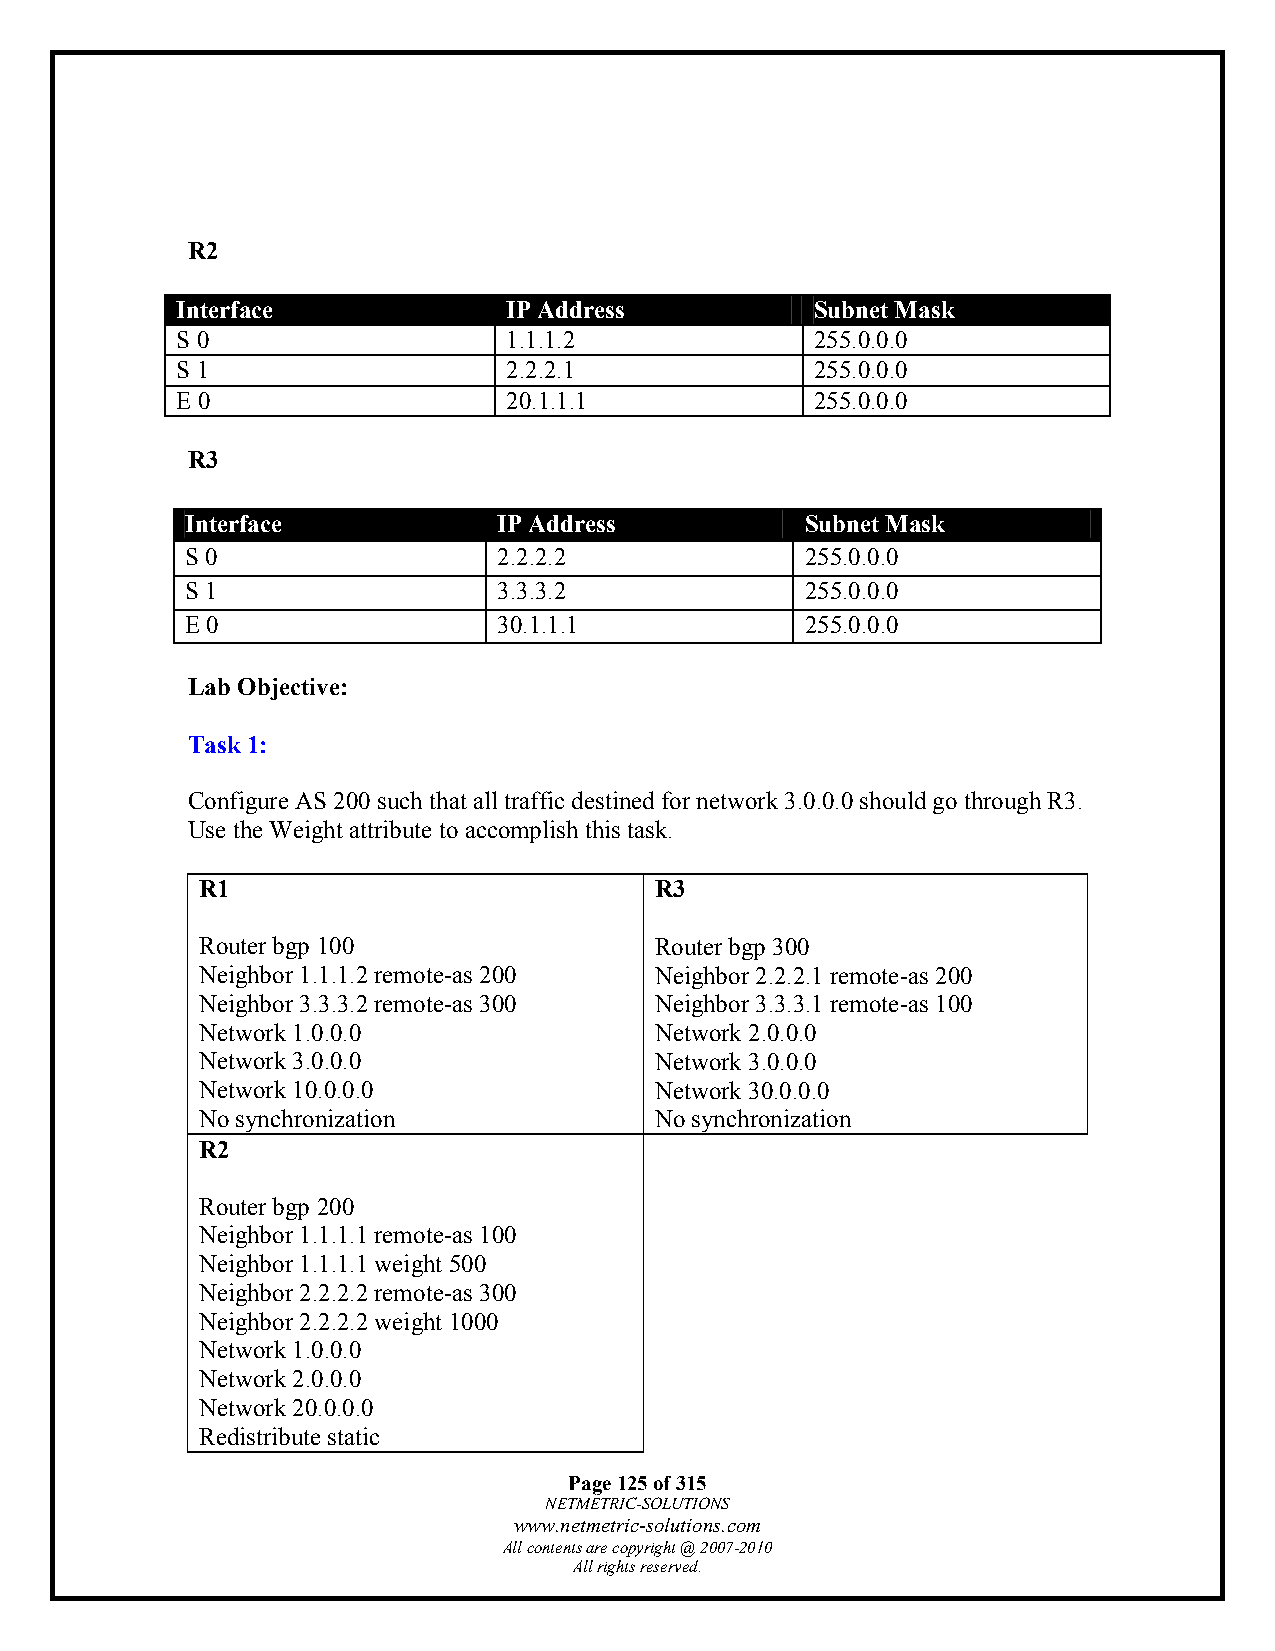
R2
 Interface             IP Address          Subnet Mask
 S 0                   1.1.1.2             255.0.0.0
 S 1                   2.2.2.1             255.0.0.0
 E 0                   20.1.1.1            255.0.0.0
 R3
 Interface            IP Address          Subnet Mask
 S 0                  2.2.2.2             255.0.0.0
 S 1                  3.3.3.2             255.0.0.0
 E 0                  30.1.1.1            255.0.0.0
 Lab Objective:
 Task 1:
 Configure AS 200 such that all traffic destined for network 3.0.0.0 should go through R3.
 Use the Weight attribute to accomplish this task.
 R1                            R3
 Router bgp 100                Router bgp 300
 Neighbor 1.1.1.2 remote-as 200 Neighbor 2.2.2.1 remote-as 200
 Neighbor 3.3.3.2 remote-as 300 Neighbor 3.3.3.1 remote-as 100
 Network 1.0.0.0               Network 2.0.0.0
 Network 3.0.0.0               Network 3.0.0.0
 Network 10.0.0.0              Network 30.0.0.0
 No synchronization            No synchronization
 R2
 Router bgp 200
 Neighbor 1.1.1.1 remote-as 100
 Neighbor 1.1.1.1 weight 500
 Neighbor 2.2.2.2 remote-as 300
 Neighbor 2.2.2.2 weight 1000
 Network 1.0.0.0
 Network 2.0.0.0
 Network 20.0.0.0
 Redistribute static
 Page 125 of 315
 NETMETRIC-SOLUTIONS
 www.netmetric-solutions.com
 All contents are copyright @ 2007-2010
 All rights reserved.